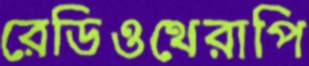
রেডিওথেরাপি